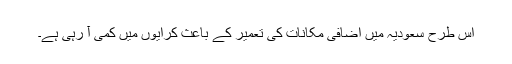
اس طرح سعودیہ میں اضافی مکانات کی تعمیر کے باعث کرایوں میں کمی آ رہی ہے۔